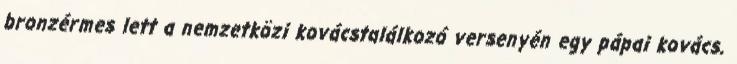
bronzérmes lett a nemzetközi kovácstalálkozó versenyén egy pápai kovács.